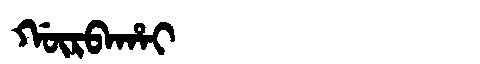
Manchu: ᡤᡡᡵᠪᠠᡥᠠᡳ
Romanization: GŪRBAHAI